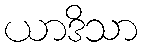
ယာဒိသာ